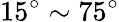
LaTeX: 15^{\circ}\sim 75^{\circ}